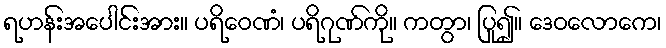
ရဟန်းအပေါင်းအား။ ပရိဝေဏံ၊ ပရိဂုဏ်ကို။ ကတွာ၊ ပြု၍။ ဒေဝလောကေ၊